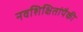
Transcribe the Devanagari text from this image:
नवशिक्षितांपैकी